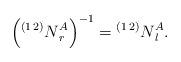
LaTeX: \begin{align*} \left(\prescript{(1\,2)}{}N_r^A\right)^{-1}=\prescript{(1\,2)}{}N_l^A.\end{align*}